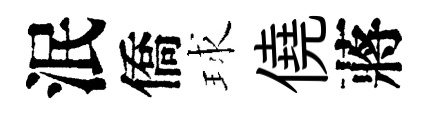
泯僑球僥蔣